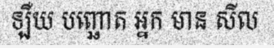
ឡឺយ បញ្ឆោត អ្នក មាន សីល